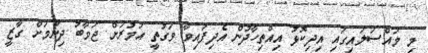
މި މައްސަލައިގައި އިދިކޮޅު އިއްތިހާދުން އެދިފައިވާ ވަގުތީ އަމުރަށް ޖަވާބު ދިނުމަށް ގާޒީ